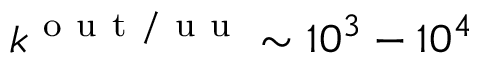
k ^ { \mathrm { ~ o ~ u ~ t ~ / ~ u ~ u ~ } } \sim 1 0 ^ { 3 } - 1 0 ^ { 4 }